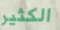
الكثير